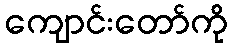
ကျောင်းတော်ကို